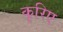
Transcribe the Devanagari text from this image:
कृरिए